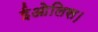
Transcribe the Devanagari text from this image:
ईओलिस।